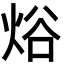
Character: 焀